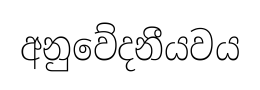
අනුවේදනීයවය